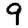
Digit: 9